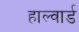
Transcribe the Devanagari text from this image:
हाल्वार्ड